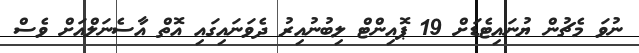
ނުވަ މެޗުން ޔުނައިޓެޑަށް 19 ޕޮއިންޓް ލިބުނުއިރު ދެވަނައިގައި އޮތް އާސެނަލްއަށް ވެސް